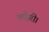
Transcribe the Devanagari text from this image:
लड़ेगी।